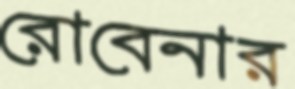
রোবেনার